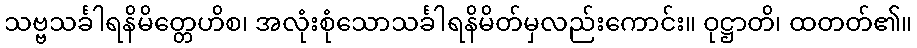
သဗ္ဗသင်္ခါရနိမိတ္တေဟိစ၊ အလုံးစုံသောသင်္ခါရနိမိတ်မှလည်းကောင်း။ ဝုဋ္ဌာတိ၊ ထတတ်၏။